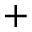
^ +